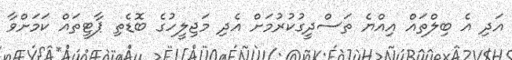
އަދި އެ ބިލްތައް އިއްޔެ ތަސްދީގުކުރުމަށް އެދި މަޖިލީހުގެ ބޮޑެތި ޕާޓީތައް ކަމަށްވާ